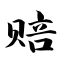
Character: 赔